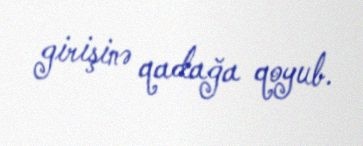
girişinə qadağa qoyub.